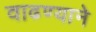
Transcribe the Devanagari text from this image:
वाढण्याने